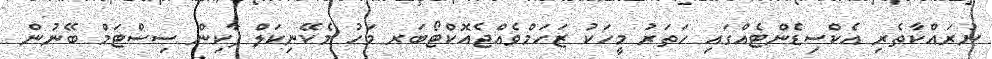
ނުރައްކާތެރި އެކްސިޑެންޓެއްގައި ހަތަރު މީހަކު ޒަހަމްވެއްޖެއޮކްޓޯބަރ މަހު މެކޭނިކަލް ޕާކިން ސިސްޓަމް ބޭނުން